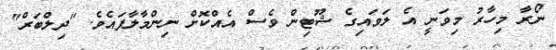
ނޯރާ މިހާރު މިވަނީ އެ ލަވައިގެ ޝޫޓިން ވެސް އެއްކޮށް ނިންމާލާފައެވެ. "ދިލްބަރް"